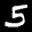
Label: 5